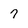
Character: 7